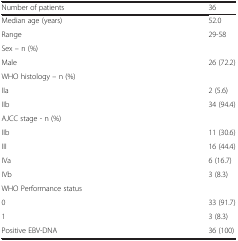
| Number of patients | 36 |
 | --- | --- |
 | Median age (years) | 52.0 |
 | Range | 29-58 |
 | <COLSPAN=2> Sex – n (%) |
 | Male | 26 (72.2) |
 | <COLSPAN=2> WHO histology – n (%) |
 | IIa | 2 (5.6) |
 | IIb | 34 (94.4) |
 | <COLSPAN=2> AJCC stage - n (%) |
 | IIb | 11 (30.6) |
 | III | 16 (44.4) |
 | IVa | 6 (16.7) |
 | IVb | 3 (8.3) |
 | <COLSPAN=2> WHO Performance status |
 | 0 | 33 (91.7) |
 | 1 | 3 (8.3) |
 | Positive EBV-DNA | 36 (100) |